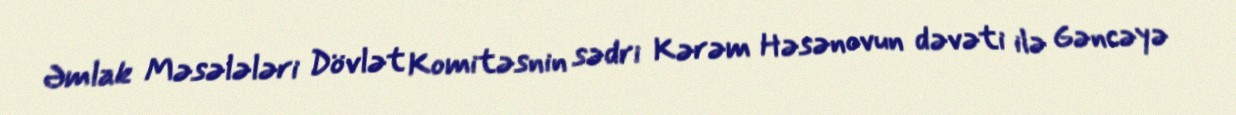
Əmlak Məsələləri Dövlət Komitəsnin sədri Kərəm Həsənovun dəvəti ilə Gəncəyə